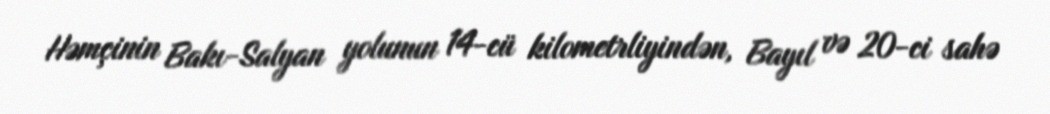
Həmçinin Bakı-Salyan yolunun 14-cü kilometrliyindən, Bayıl və 20-ci sahə